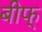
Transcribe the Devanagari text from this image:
बीफ्